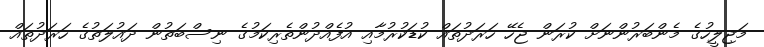
މަޖިލީހުގެ މެންބަރުންނަށް ކުރަން ޖެހޭ ހަރަދުތައް ކުޑަކުރުމާއި އުފެއްދުންތެރިކަމުގެ ނިސްބަތުން ދައުލަތުގެ ހަރަދުތައް